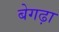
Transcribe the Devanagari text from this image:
बेगढ़ा